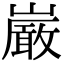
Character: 𫶝